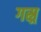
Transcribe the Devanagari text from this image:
गस्र्र